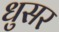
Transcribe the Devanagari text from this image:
धुसर